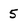
Character: 5